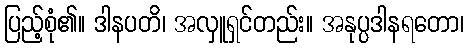
ပြည့်စုံ၏။ ဒါနပတိ၊ အလှူရှင်တည်း။ အနုပ္ပဒါနရတော၊